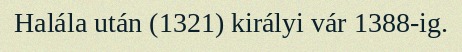
Halála után (1321) királyi vár 1388-ig.